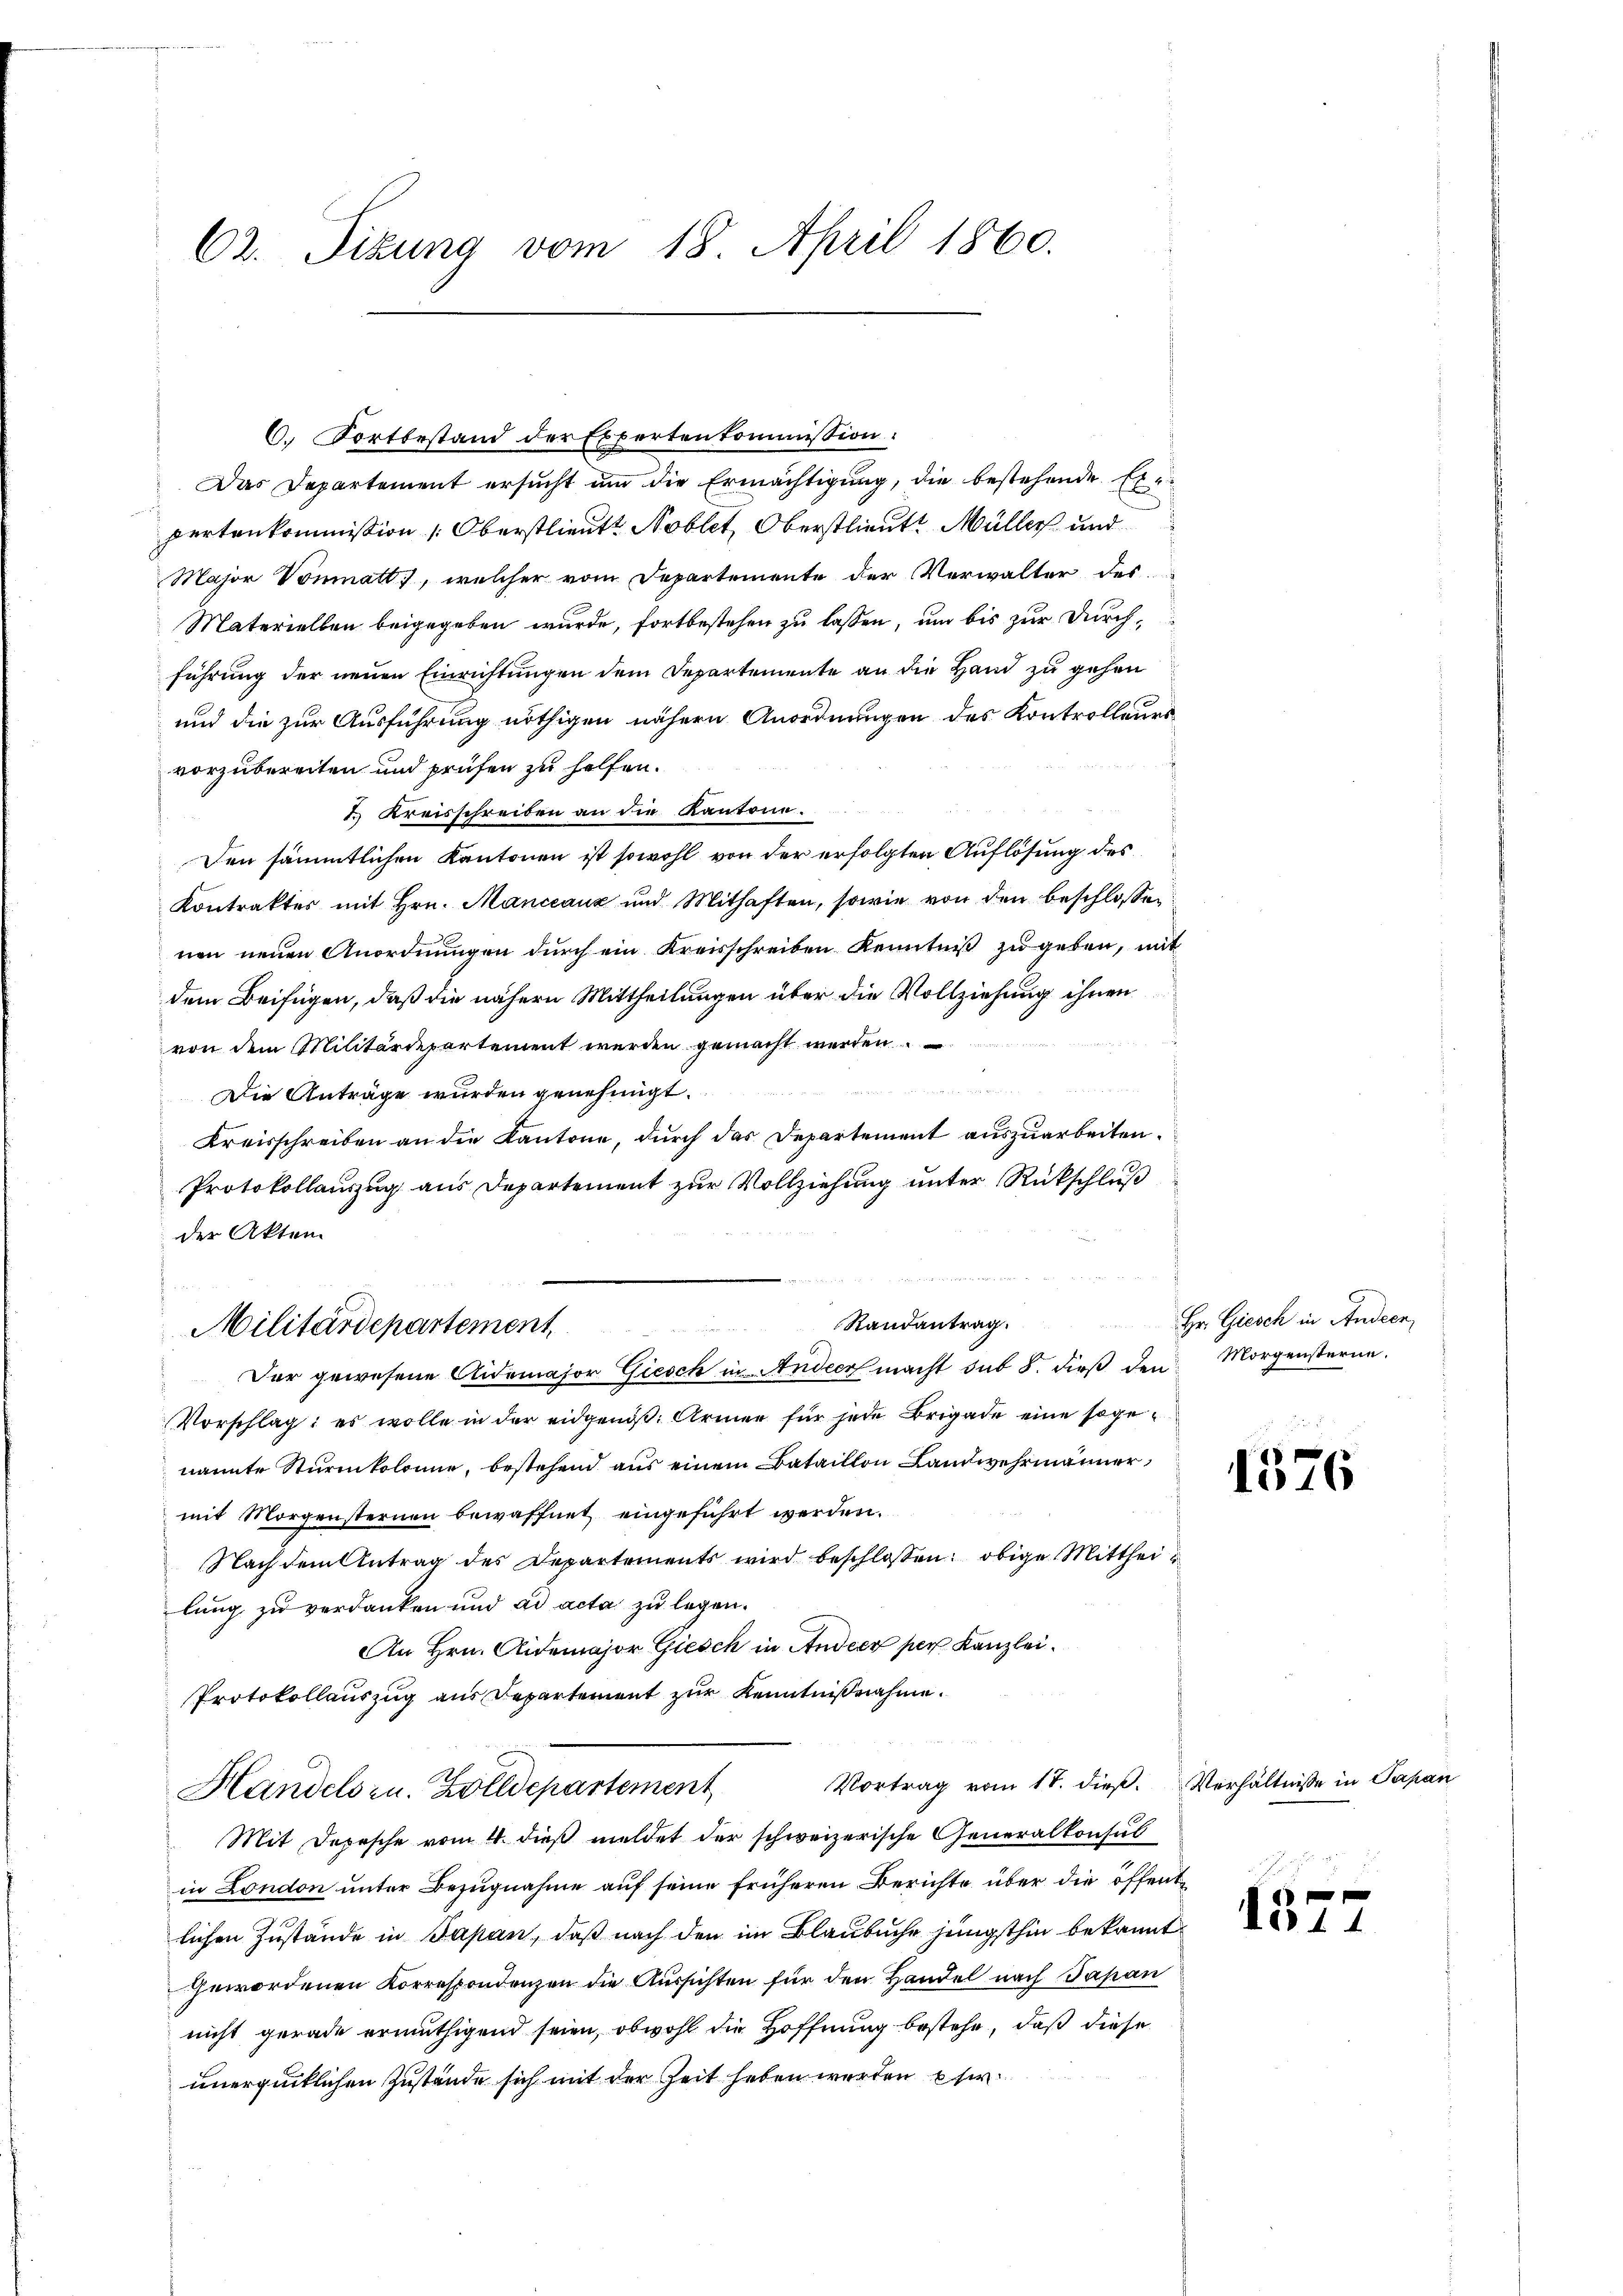
62. Tizung vom 18. April 1860.

6. Fortbestand der Expertenkommission:
Das Departement ersucht um die Ermächtigung, die bestehende Erpertenkommission (Oberstlieut. Noblet, Oberstlieut. Müller und
Major Vonmatt, welcher vom Departemente der Verwalter des
Materiellen beigegeben wurde, fortbestehen zu lassen, um bis zur Durchführung der neuen Einrichtungen dem Departemente an die Hand zu gehen
und die zur Ausführung nöthigen nähern Anordnungen des Kontrolleurs
vorzubereiten und prüfen zu helfen.
1. Kreisschreiben an die Kantone.
E
Den sämmtlichen Kantonen ist sowohl von der erfolgten Auflösung des
Kontraktes mit Hrn. Mancanz und Mithaften, sowie von den beschlossen:
nen neuen Anordnungen durch ein Kreisschreiben Kenntniß zu geben, mit
dem Beifügen, daß die nähern Mittheilungen über die Vollziehung ihnen
von dem Militärdepartement werden gemacht werden
n
Die Anträge wurden genehmigt.
Kreisschreiben an die Kantone, durch das Departement auszuarbeiten.
Protokollauszug aus Departement zur Vollziehung unter Rückschluß
der Akten.
Randantrag.
Militärdepartement
Der gewesene Aidemajor Giesch in Ander macht sub 8. dieß den Morgensterne
Vorschlag: es wolle in der eidgends. Armen für jede Brigade eine sogenannte Sturmkolonie, bestehend aus einem Bataillon Landwehrmänner
mit Morgensternen bewaffnet eingeführt werden.
Nach dem Antrag des Departements wird beschlossen: obige Mittheilung zu verdanken und ad acta zu legen.
An Hrn. Aidemajor Giesch in Ander per Kanzlei.
Protokollauszug aus Departement zur Kenntnißnahme.
Vortrag vom 17. dieß. Verhältnisse in Papa
Handels zu. Zolldepartement
Mit Depesche vom 4. dieß meldet der schweizerische Generalkonsul
in London unter Bezugnahme auf seine früheren Berichte über die öffentlichen Zustände in Japan, daß nach den im Blaubuche jüngsthin bekannt
gewordenen Korrespondenzen die Aussichten für den Handel nach Papan
nicht gerade ermuthigend seien, obwohl die Hoffnung bestehe, daß diese
unergücklichen Zustände sich mit der Zeit haben werden eher

Hr. Giesch in Andern,

1576

137